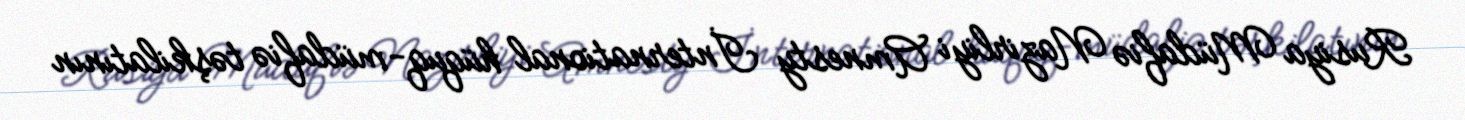
Rusiya Müdafiə Nazirliyi Amnesty İnternational hüquq-müdafiə təşkilatının